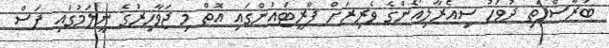
ބުރާސްފަތި ދުވަހު ސިއެރާލިއޯންގެ ވެރިރަށް ފްރީޓައުންގައި އޮތް މި ޖަވާހިރުގެ ނީލަމުގައި ފަސް